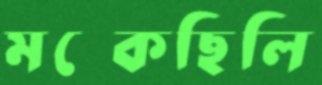
মট্‌কেছিলি